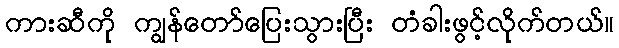
ကားဆီကို ကျွန်တော်ပြေးသွားပြီး တံခါးဖွင့်လိုက်တယ်။